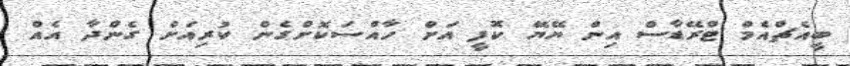
ބީއެޗްއެމް ޓްރޭޑާސް އިން ޔޭޔޭ ކޮފީ އަށް ހާއްސަކޮށްގެން ކުރިއަށް ގެންދާ އެއް